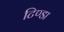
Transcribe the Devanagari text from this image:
टिण्डा